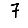
Digit: 7